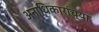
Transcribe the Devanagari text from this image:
अनाधिकारांच्या